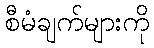
စီမံချက်များကို